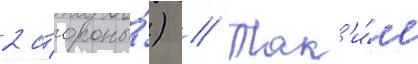
2 стороны́) // Так'и́м